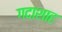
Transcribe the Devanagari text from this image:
गदाशाह